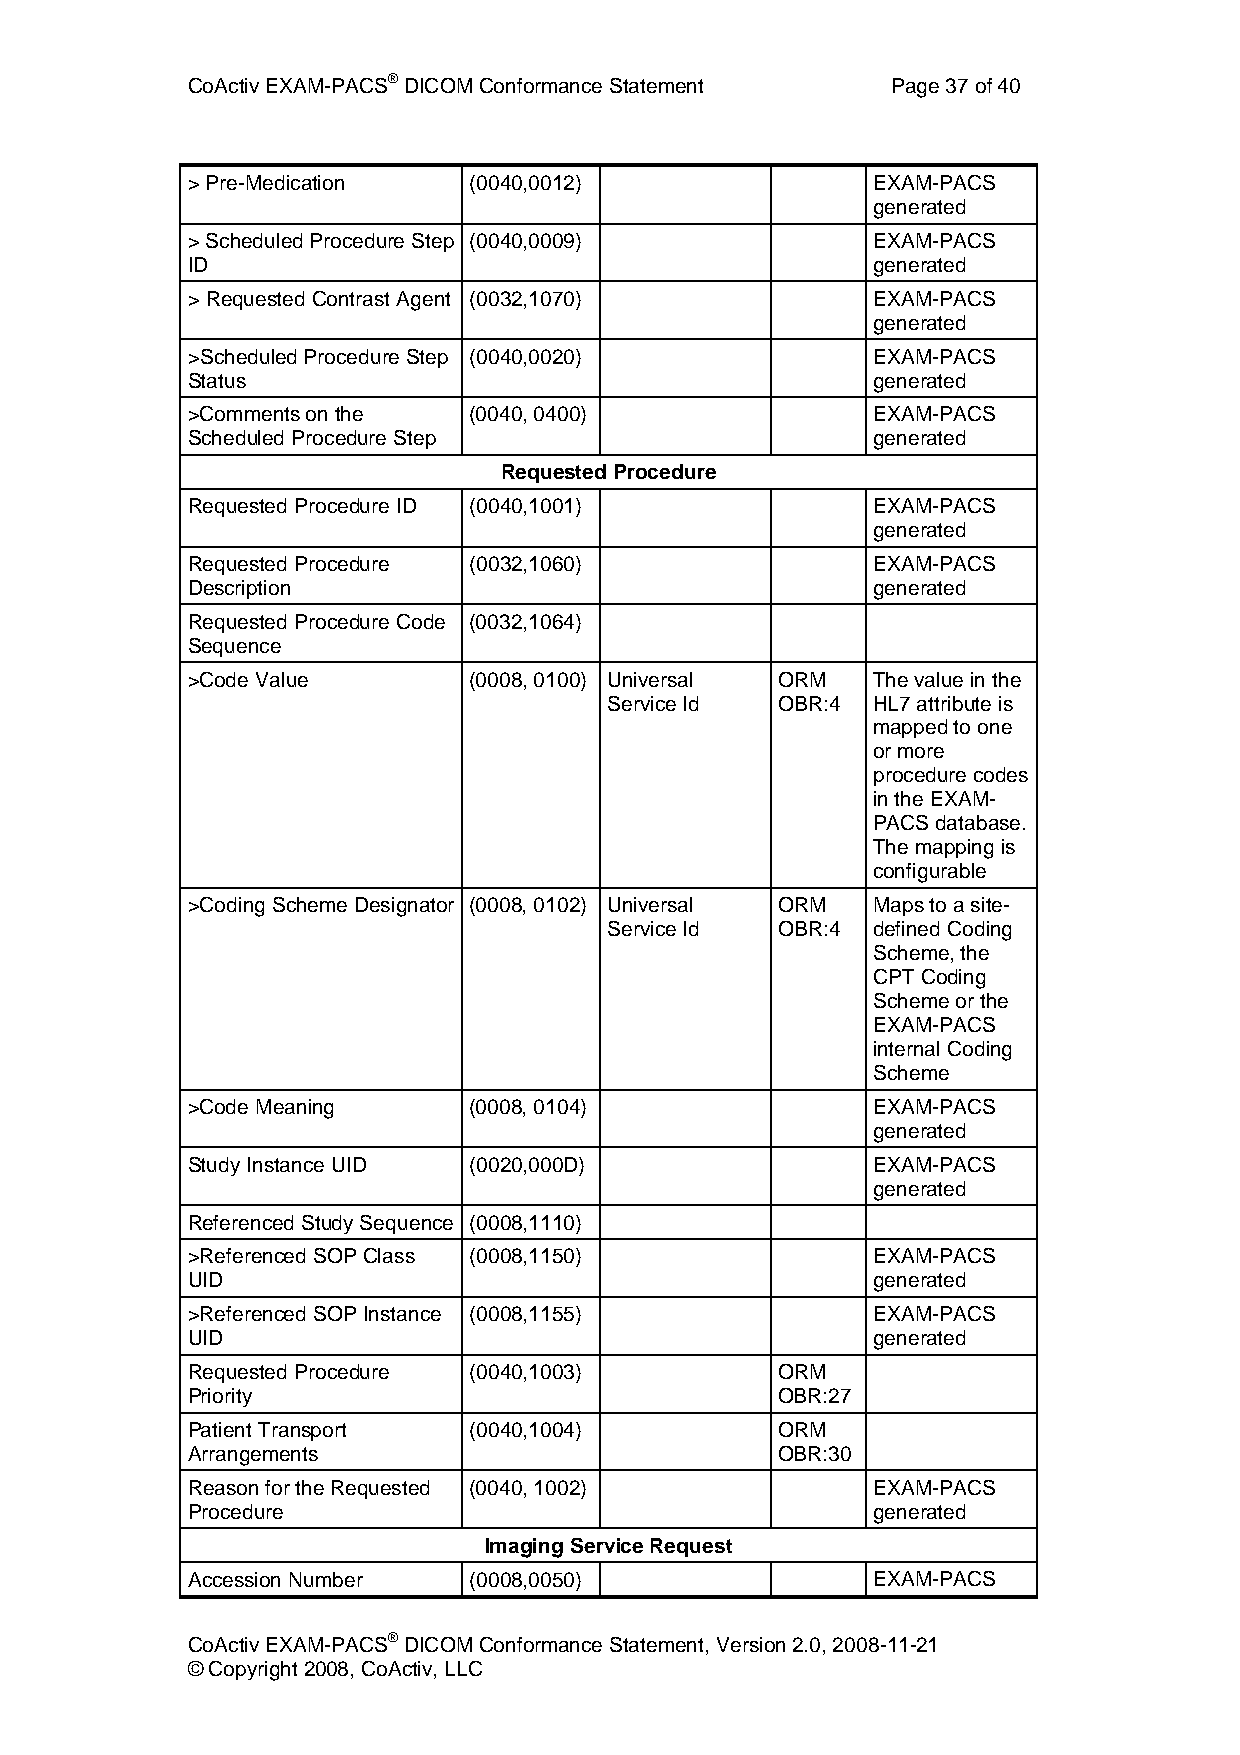
CoActiv EXAM-PACS® DICOM Conformance Statement Page 37 of 40
 > Pre-Medication   (0040,0012)                EXAM-PACS
 generated
 > Scheduled Procedure Step (0040,0009)        EXAM-PACS
 ID                                            generated
 > Requested Contrast Agent (0032,1070)        EXAM-PACS
 generated
 >Scheduled Procedure Step (0040,0020)         EXAM-PACS
 Status                                        generated
 >Comments on the   (0040, 0400)               EXAM-PACS
 Scheduled Procedure Step                      generated
 Requested Procedure
 Requested Procedure ID (0040,1001)            EXAM-PACS
 generated
 Requested Procedure (0032,1060)               EXAM-PACS
 Description                                   generated
 Requested Procedure Code (0032,1064)
 Sequence
 >Code Value        (0008, 0100) Universal ORM The value in the
 Service Id OBR:4  HL7 attribute is
 mapped to one
 or more
 procedure codes
 in the EXAM-
 PACS database.
 The mapping is
 configurable
 >Coding Scheme Designator (0008, 0102) Universal ORM Maps to a site-
 Service Id OBR:4  defined Coding
 Scheme, the
 CPT Coding
 Scheme or the
 EXAM-PACS
 internal Coding
 Scheme
 >Code Meaning      (0008, 0104)               EXAM-PACS
 generated
 Study Instance UID (0020,000D)                EXAM-PACS
 generated
 Referenced Study Sequence (0008,1110)
 >Referenced SOP Class (0008,1150)             EXAM-PACS
 UID                                           generated
 >Referenced SOP Instance (0008,1155)          EXAM-PACS
 UID                                           generated
 Requested Procedure (0040,1003)        ORM
 Priority                               OBR:27
 Patient Transport  (0040,1004)         ORM
 Arrangements                           OBR:30
 Reason for the Requested (0040, 1002)         EXAM-PACS
 Procedure                                     generated
 Imaging Service Request
 Accession Number   (0008,0050)                EXAM-PACS
 CoActiv EXAM-PACS® DICOM Conformance Statement, Version 2.0, 2008-11-21
 © Copyright 2008, CoActiv, LLC